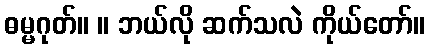
ဓမ္မဂုတ်။ ။ ဘယ်လို ဆက်သလဲ ကိုယ်တော်။